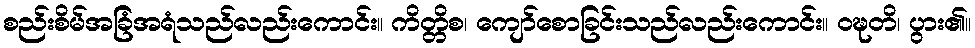
စည်းစိမ်အခြံအရံသည်လည်းကောင်း။ ကိတ္တိစ၊ ကျော်စောခြင်းသည်လည်းကောင်း။ ဝဍ္ဎတိ၊ ပွား၏။